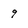
Character: 9